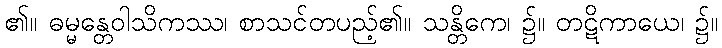
၏။ ဓမ္မန္တေဝါသိကဿ၊ စာသင်တပည့်၏။ သန္တိကေ၊ ၌။ တဋိကာယေ၊ ၌။